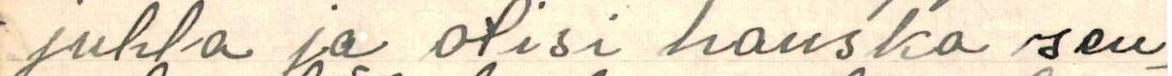
juhla ja olisi hauska seu-